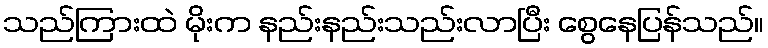
သည်ကြားထဲ မိုးက နည်းနည်းသည်းလာပြီး စွေနေပြန်သည်။